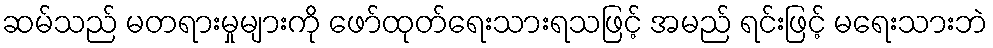
ဆမ်သည် မတရားမှုများကို ဖော်ထုတ်ရေးသားရသဖြင့် အမည် ရင်းဖြင့် မရေးသားဘဲ